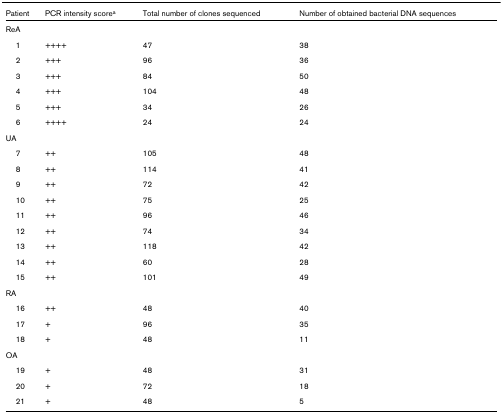
<table><thead><tr><td><b>Patient</b></td><td><b>PCR intensity score<sup>a</sup></b></td><td><b>Total number of clones sequenced</b></td><td><b>Number of obtained bacterial DNA sequences</b></td></tr></thead><tbody><tr><td>ReA</td><td></td><td></td><td></td></tr><tr><td> 1</td><td>++++</td><td>47</td><td>38</td></tr><tr><td> 2</td><td>+++</td><td>96</td><td>36</td></tr><tr><td> 3</td><td>+++</td><td>84</td><td>50</td></tr><tr><td> 4</td><td>+++</td><td>104</td><td>48</td></tr><tr><td> 5</td><td>+++</td><td>34</td><td>26</td></tr><tr><td> 6</td><td>++++</td><td>24</td><td>24</td></tr><tr><td>UA</td><td></td><td></td><td></td></tr><tr><td> 7</td><td>++</td><td>105</td><td>48</td></tr><tr><td> 8</td><td>++</td><td>114</td><td>41</td></tr><tr><td> 9</td><td>++</td><td>72</td><td>42</td></tr><tr><td> 10</td><td>++</td><td>75</td><td>25</td></tr><tr><td> 11</td><td>++</td><td>96</td><td>46</td></tr><tr><td> 12</td><td>++</td><td>74</td><td>34</td></tr><tr><td> 13</td><td>++</td><td>118</td><td>42</td></tr><tr><td> 14</td><td>++</td><td>60</td><td>28</td></tr><tr><td> 15</td><td>++</td><td>101</td><td>49</td></tr><tr><td>RA</td><td></td><td></td><td></td></tr><tr><td> 16</td><td>++</td><td>48</td><td>40</td></tr><tr><td> 17</td><td>+</td><td>96</td><td>35</td></tr><tr><td> 18</td><td>+</td><td>48</td><td>11</td></tr><tr><td>OA</td><td></td><td></td><td></td></tr><tr><td> 19</td><td>+</td><td>48</td><td>31</td></tr><tr><td> 20</td><td>+</td><td>72</td><td>18</td></tr><tr><td> 21</td><td>+</td><td>48</td><td>5</td></tr></tbody></table>